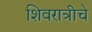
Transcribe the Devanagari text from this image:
शिवरात्रीचे